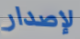
لإصدار